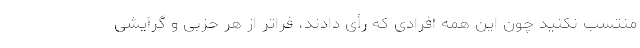
منتسب نکنید چون این همه افرادی که رأی دادند، فراتر از هر حزبی و گرایشی